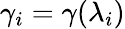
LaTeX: \gamma_{i}=\gamma(\lambda_{i})